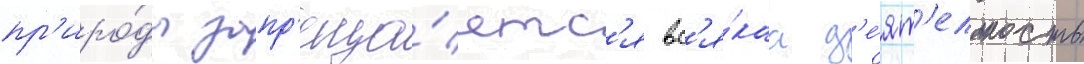
пр'иро́ды запр'еща́етс'я вс'я́каа д'е́ят'ельность